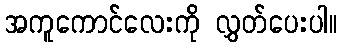
အကူကောင်လေးကို လွှတ်ပေးပါ။